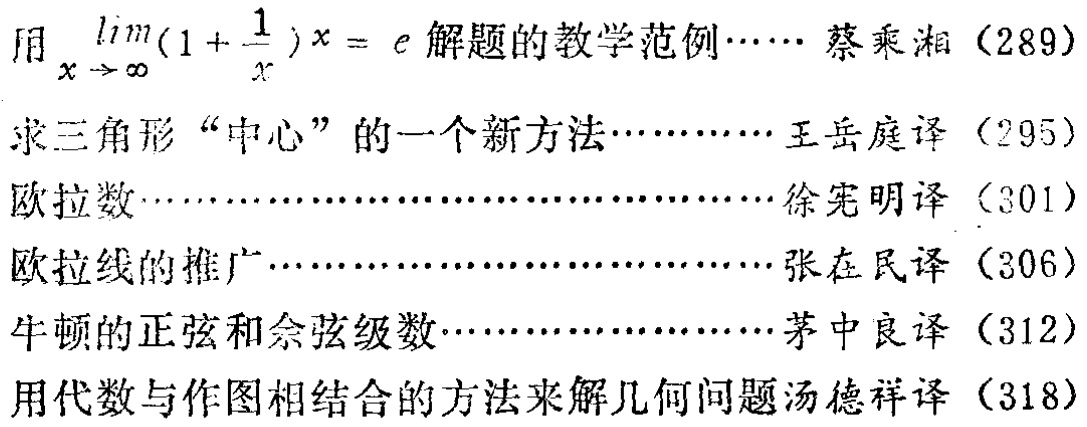
用\(\lim_{x \to \infty}(1 + \frac{1}{x})x = e\)解题的教学范例……蔡乘湘（289）\\

求三角形“中心”的一个新方法……王岳庭译（295）\\

欧拉数……徐宪明译（301）\\

欧拉线的推广……张在民译（306）\\

牛顿的正弦和余弦级数……茅中良译（312）\\

用代数与作图相结合的方法来解几何问题汤德祥译（318）